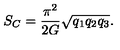
S _ { C } = \frac { \pi ^ { 2 } } { 2 G } \sqrt { q _ { 1 } q _ { 2 } q _ { 3 } } .